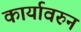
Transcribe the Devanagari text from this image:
कार्यावरुन